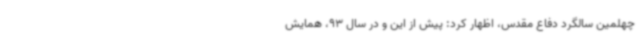
چهلمین سالگرد دفاع مقدس، اظهار کرد: پیش از این و در سال 93، همایش